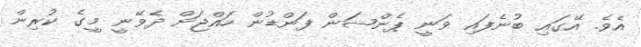
އެވެ. އޭގައި ބުނެފައި ވަނީ ޕެންޝަން ފަންޑުން ހައްޖަށް ދެވޭނީ މީގެ ކުރިން